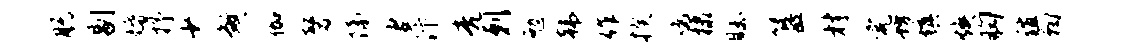
脱剔婚抒少煞伽磬隔妻汴亮剌勉韩作揆鸡棣瞩簋材完坊填焕胸谊鞠